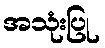
အသုံးပြု